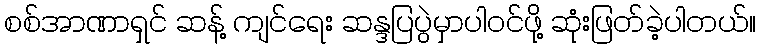
စစ်အာဏာရှင် ဆန့် ကျင်ရေး ဆန္ဒပြပွဲမှာပါဝင်ဖို့ ဆုံးဖြတ်ခဲ့ပါတယ်။